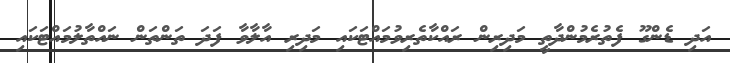
އަދި ޑެންގޫ ފެތުރެމުންދާތީ މަދިރިން ރައްކާތެރިވުމައްޓަކައި މަދިރި އާލާވާ ފަދަ ތަންތަން ނައްތާލުމައްޓަކައި